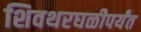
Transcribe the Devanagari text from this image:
शिवथरघळीपर्यंत